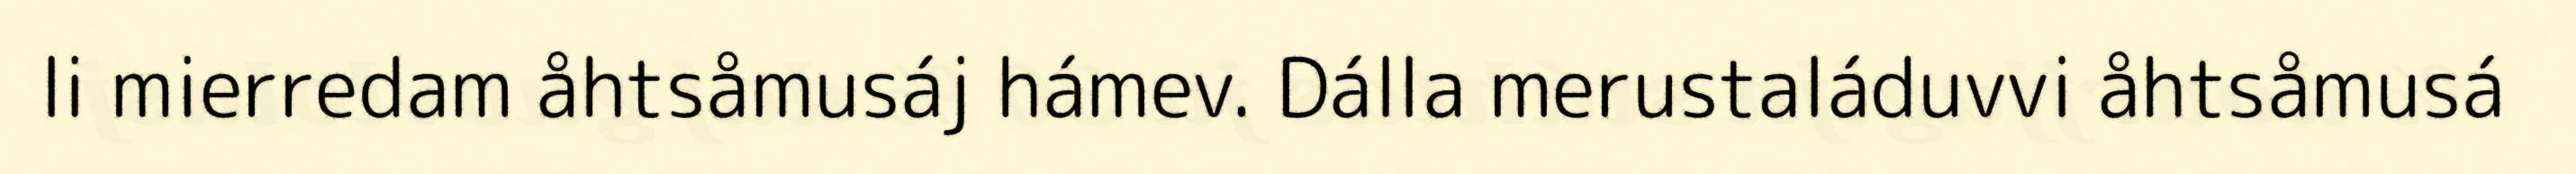
li mierredam åhtsåmusáj hámev. Dálla merustaláduvvi åhtsåmusá